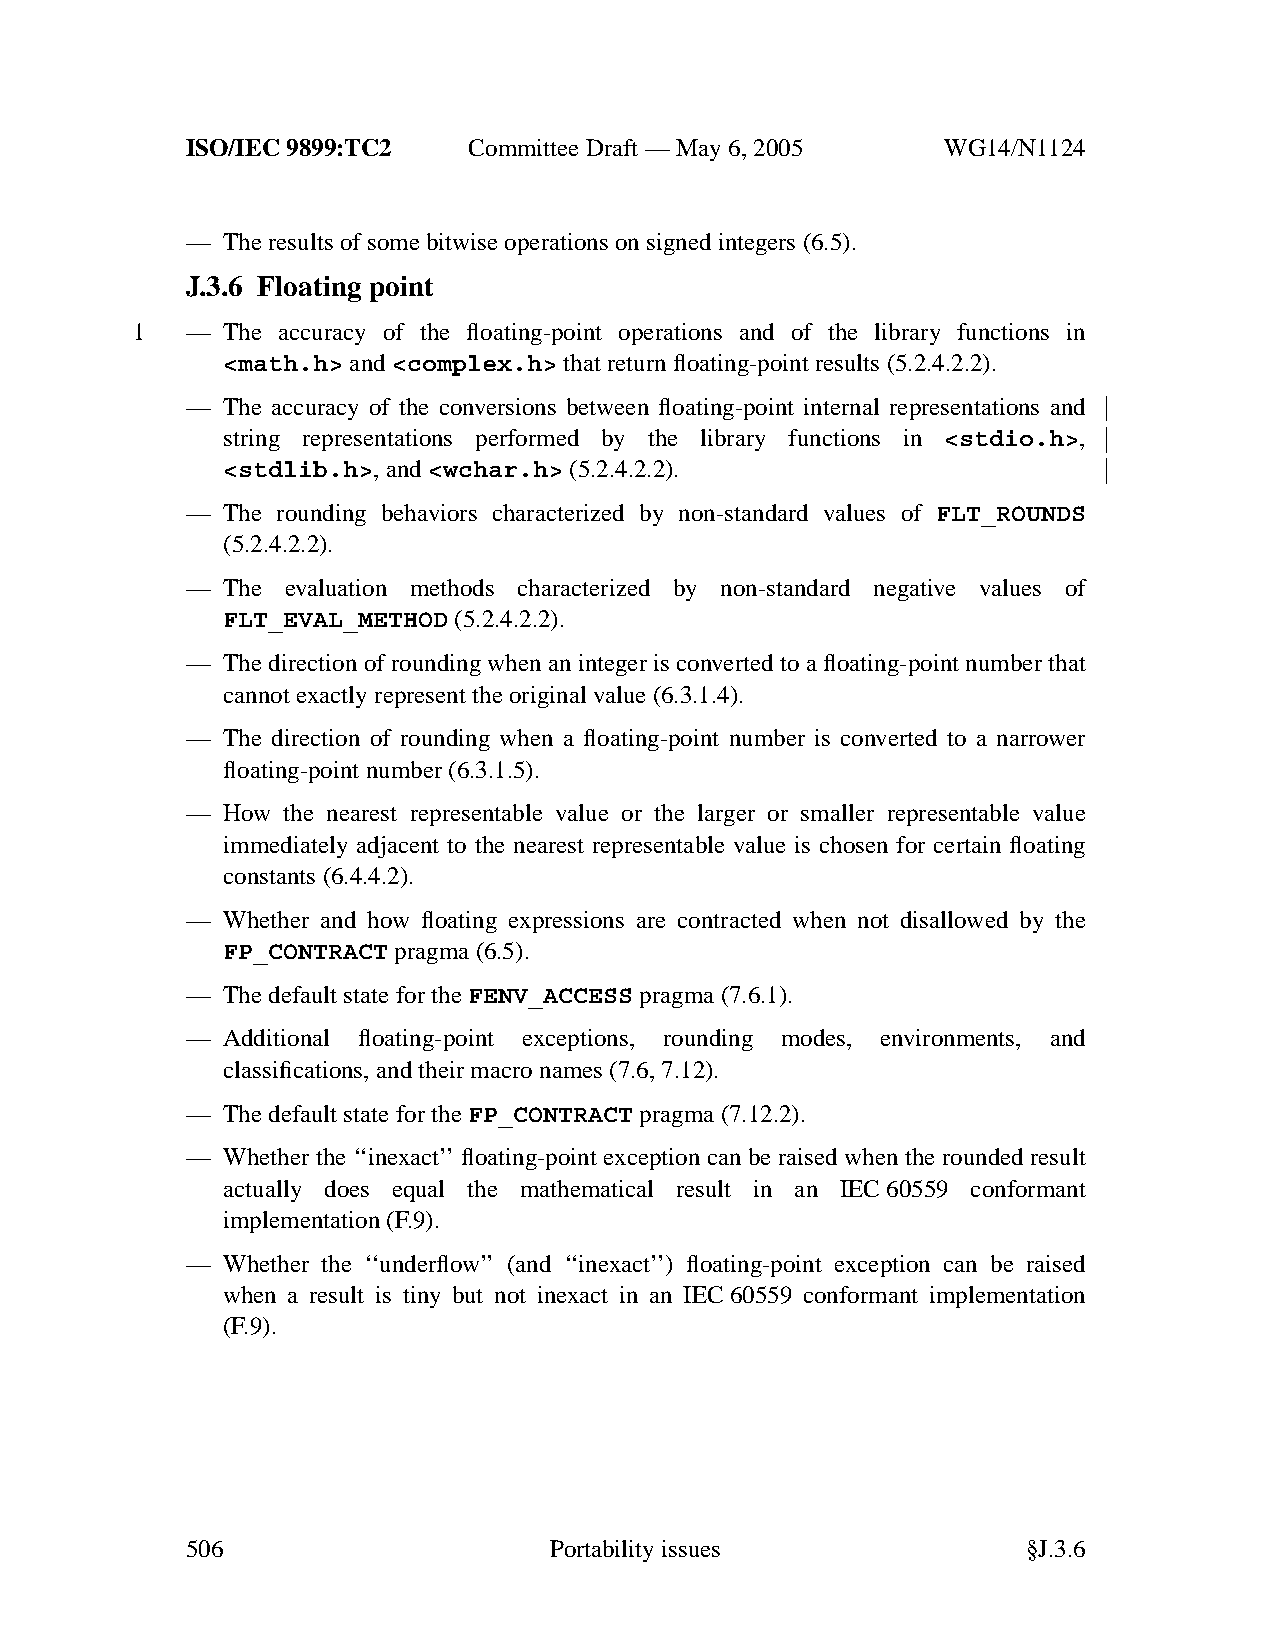
ISO/IEC 9899:TC2   Committee Draft — May 6, 2005   WG14/N1124
 —  The results of some bitwise operations on signed integers (6.5).
 J.3.6 Floating point
 1  —  The accuracy of the floating-point operations and of the library functions in
 <math.h> and<complex.h> that return floating-point results (5.2.4.2.2).
 —  The accuracy of the conversions between floating-point internal representations and
 string representations performed by the library functions in <stdio.h>,
 <stdlib.h>,and<wchar.h>(5.2.4.2.2).
 —  The rounding behaviors characterized by non-standard values of FLT_ROUNDS
 (5.2.4.2.2).
 —  The evaluation methods characterized by non-standard negative values of
 FLT_EVAL_METHOD (5.2.4.2.2).
 —  The direction of rounding when an integer is converted to a floating-point number that
 cannot exactly represent the original value (6.3.1.4).
 —  The direction of rounding when a floating-point number is converted to a narrower
 floating-point number (6.3.1.5).
 —  How the nearest representable value or the larger or smaller representable value
 immediately adjacent to the nearest representable value is chosen for certain floating
 constants (6.4.4.2).
 —  Whether and how floating expressions are contracted when not disallowed by the
 FP_CONTRACT pragma (6.5).
 —  The default state for theFENV_ACCESS pragma (7.6.1).
 —  Additional floating-point exceptions, rounding modes, environments, and
 classifications, and their macro names (7.6, 7.12).
 —  The default state for theFP_CONTRACT pragma (7.12.2).
 —  Whether the ‘‘inexact’’ floating-point exception can be raised when the rounded result
 actually does equal the mathematical result in an IEC60559 conformant
 implementation (F.9).
 —  Whether the ‘‘underflow’’ (and ‘‘inexact’’) floating-point exception can be raised
 when a result is tiny but not inexact in an IEC60559 conformant implementation
 (F.9).
 506                     Portabilityissues               §J.3.6